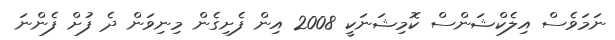
ނަމަވެސް އިލެކްޝަންސް ކޮމިޝަނަކީ 2008 އިން ފެށިގެން މިނިވަން ދެ ފުށް ފެންނަ